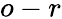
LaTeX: o-r